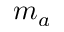
m _ { a }